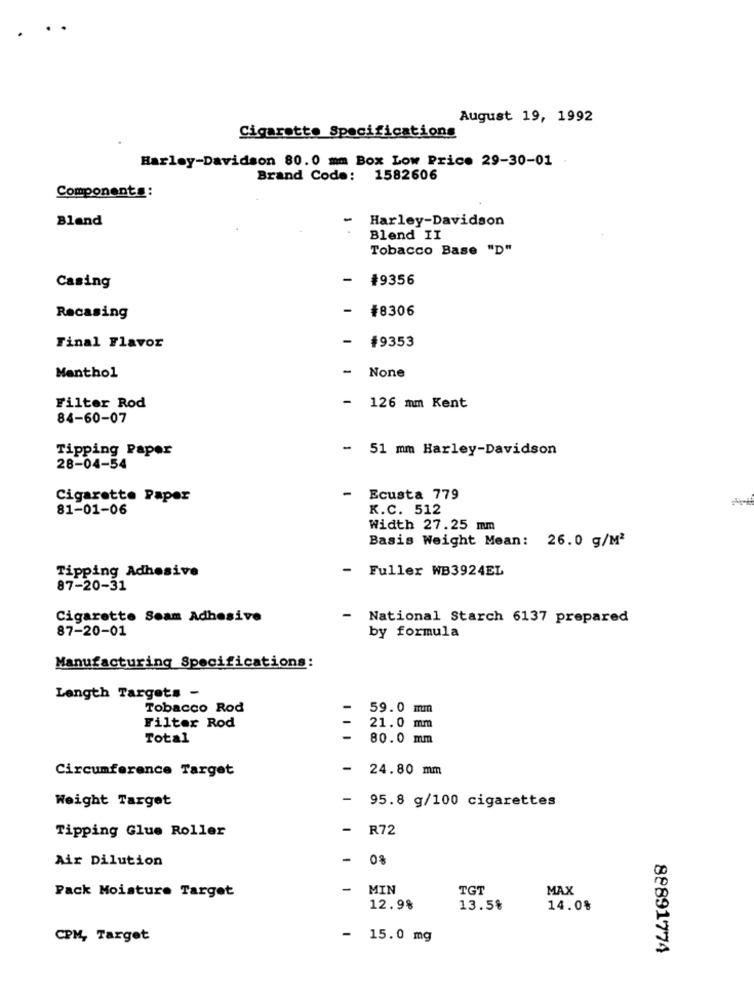
.
August 19, 1992
Cigarette Specifications
Harley-Davidson 80.0 mm Box Low Price 29-30-01
Brand Code: 1582606
Components:
Bland
Harley-Davidson
Blend II
Tobacco Base "D"
#9356
Casing
- #8306
Recasing
- #9353
Final Flavor
-
Menthol
Filter Rod
- 126 mm Kent
84-60-07
Tipping Paper
- 51 mm Harley-Davidson
28-04-54
-
Cigarette Paper
Ecusta 779
81-01-06
K.C. 512
Width 27.25 mm
Basis Weight Mean: 26.0 g/M2
-
Fuller WB3924EL
Tipping Adhesive
87-20-31
Cigarette Seam Adhesive
-
National Starch 6137 prepared
87-20-01
by formula
Manufacturing Specifications:
Length Targets -
Tobacco Rod
-
59.0 mm
Filter Rod
21.0 mm
Total
-
80.0 mm
Circumference Target
-
24.80 mm
Weight Target
-
95.8 g/100 cigarettes
Tipping Glue Roller
-
R72
Air Dilution
-
Pack Moisture Target
-
MIN
TGT
MAX
12.9%
13.5%
14.0%
CPM, Target
- 15.0 mg
88891774